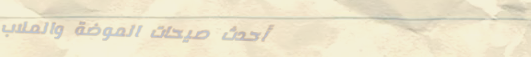
أحدث صيحات الموضة والملاب